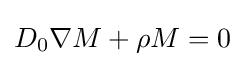
D_{0}\nabla M+\rho M=0